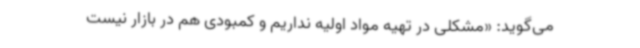
می‌گوید: «مشکلی در تهیه مواد اولیه نداریم و کمبودی هم در بازار نیست